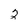
Character: 2